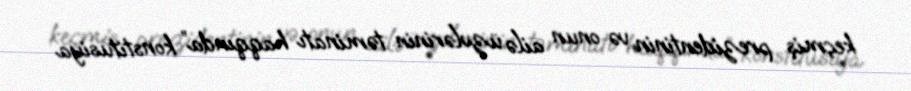
keçmiş prezidentinin və onun ailə üzvlərinin təminatı haqqında” konstitusiya